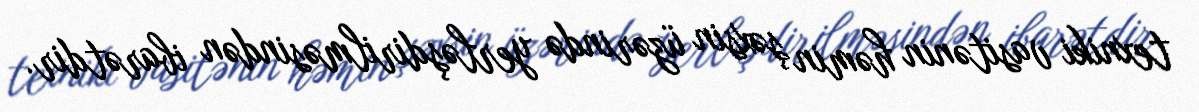
texniki vasitənin həmin şəxsin üzərində yerləşdirilməsindən ibarətdir.